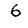
Digit: 6